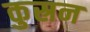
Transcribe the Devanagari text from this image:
कुस्रन